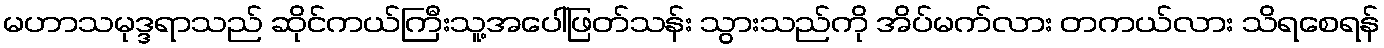
မဟာသမုဒ္ဒရာသည် ဆိုင်ကယ်ကြီးသူ့အပေါ်ဖြတ်သန်း သွားသည်ကို အိပ်မက်လား တကယ်လား သိရစေရန်